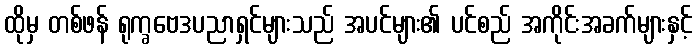
ထိုမှ တစ်ဖန် ရုက္ခဗေဒပညာရှင်များသည် အပင်များ၏ ပင်စည် အကိုင်းအခက်များနှင့်